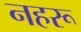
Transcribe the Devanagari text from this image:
नहरू